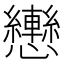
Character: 𢥩